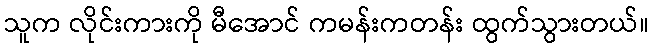
သူက လိုင်းကားကို မီအောင် ကမန်းကတန်း ထွက်သွားတယ်။